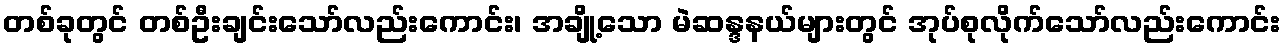
တစ်ခုတွင် တစ်ဦးချင်းသော်လည်းကောင်း၊ အချို့သော မဲဆန္ဒနယ်များတွင် အုပ်စုလိုက်သော်လည်းကောင်း